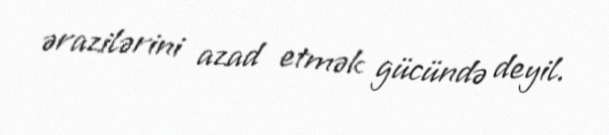
ərazilərini azad etmək gücündə deyil.